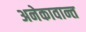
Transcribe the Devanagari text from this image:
अनेकावान्त